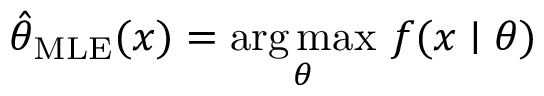
{ \hat { \theta } } _ { \mathrm { M L E } } ( x ) = { \underset { \theta } { \operatorname { a r g \, m a x } } } \ f ( x \mid \theta )